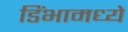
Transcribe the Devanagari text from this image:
डिंभामध्ये